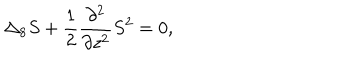
\Delta _ { 8 } S + \frac { 1 } { 2 } \frac { \partial ^ { 2 } } { \partial z ^ { 2 } } S ^ { 2 } = 0 ,